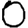
Digit: 0